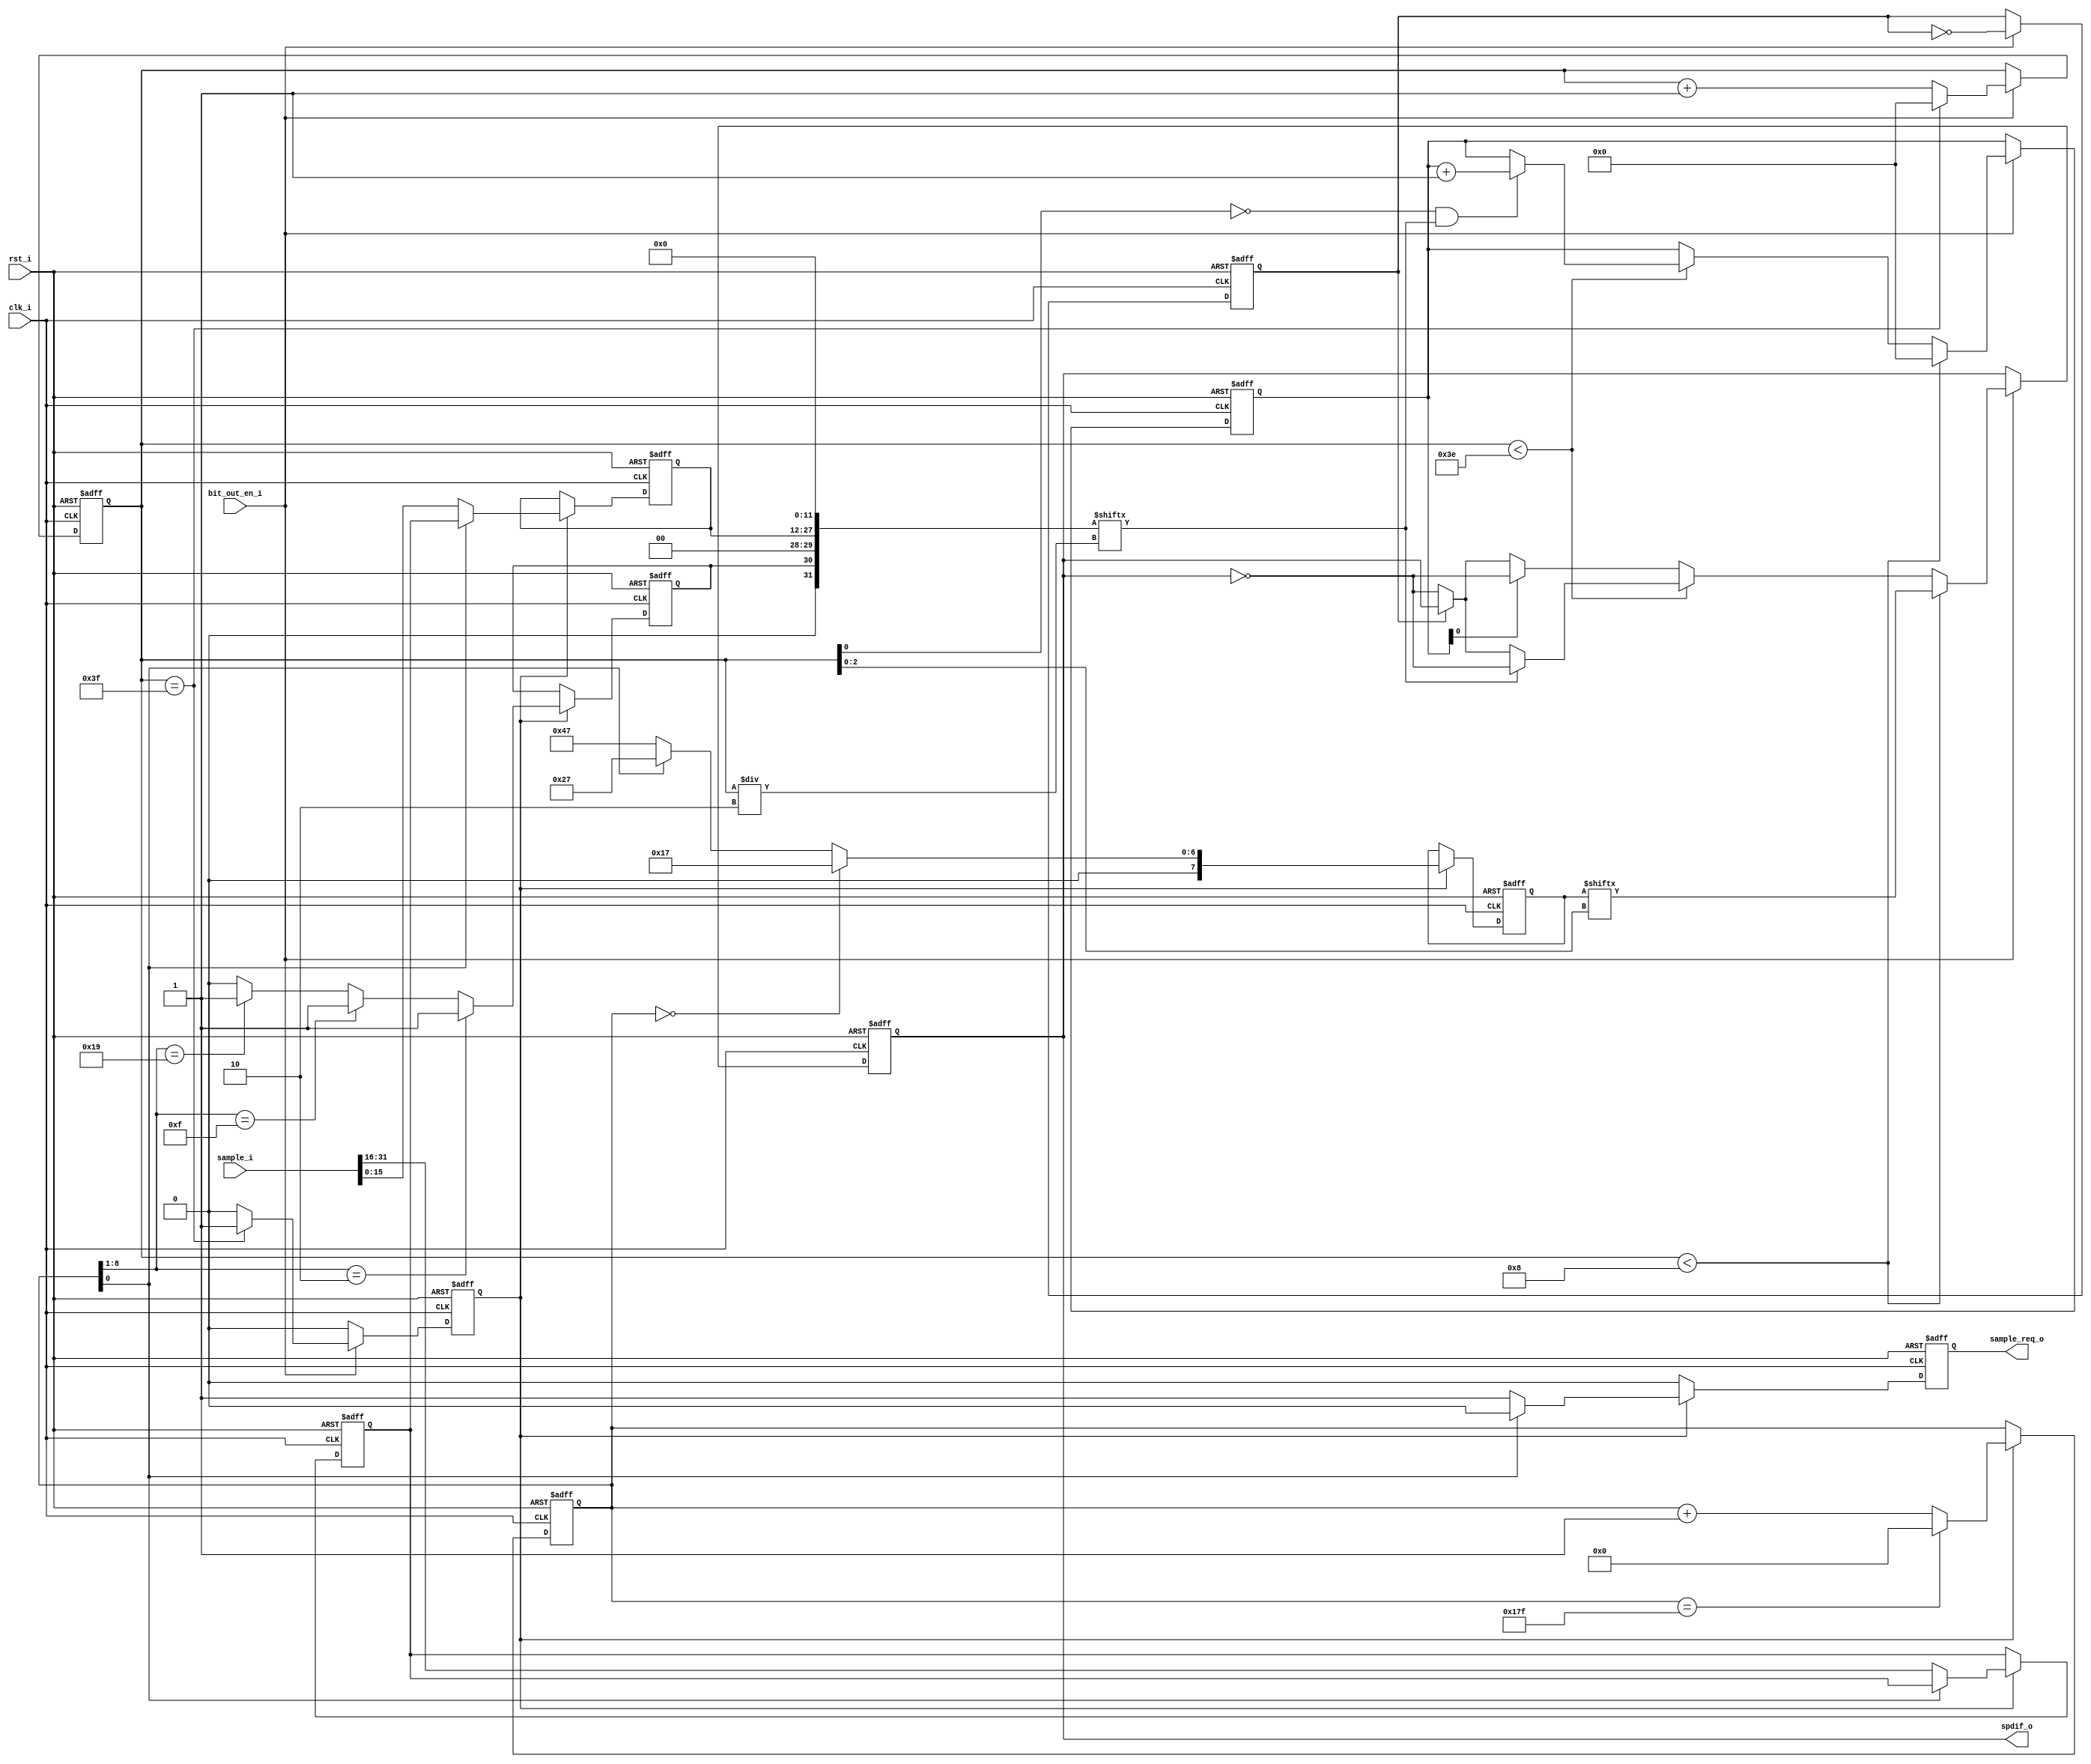
//-----------------------------------------------------------------
//                        SPDIF Transmitter
//                              V0.1
//                        Ultra-Embedded.com
//                          Copyright 2012
//
//
//                         License: GPL
// If you would like a version with a more permissive license for
// use in closed source commercial applications please contact me
// for details.
//-----------------------------------------------------------------
//
// This file is open source HDL; you can redistribute it and/or 
// modify it under the terms of the GNU General Public License as 
// published by the Free Software Foundation; either version 2 of 
// the License, or (at your option) any later version.
//
// This file is distributed in the hope that it will be useful,
// but WITHOUT ANY WARRANTY; without even the implied warranty of
// MERCHANTABILITY or FITNESS FOR A PARTICULAR PURPOSE.  See the
// GNU General Public License for more details.
//
// You should have received a copy of the GNU General Public 
// License along with this file; if not, write to the Free Software
// Foundation, Inc., 59 Temple Place, Suite 330, Boston, MA 02111-1307
// USA
//-----------------------------------------------------------------
// altera message_off 10762
// altera message_off 10240

module spdif
(
    input           clk_i,
    input           rst_i,

    // SPDIF bit output enable
    // Single cycle pulse synchronous to clk_i which drives
    // the output bit rate.
    // For 44.1KHz, 441003222 = 5,644,800Hz
    // For 48KHz,   480003222 = 6,144,000Hz
    input           bit_out_en_i,

    // Output
    output          spdif_o,

    // Audio interface (16-bit x 2 = RL)
    input [31:0]    sample_i,
    output reg      sample_req_o
);

//-----------------------------------------------------------------
// Registers
//-----------------------------------------------------------------
reg [15:0]  audio_sample_q;
reg [8:0]   subframe_count_q;

reg         load_subframe_q;
reg [7:0]   preamble_q;
wire [31:0] subframe_w;

reg [5:0]   bit_count_q;
reg         bit_toggle_q;

reg         spdif_out_q;

reg [5:0]   parity_count_q;

reg         channel_status_bit_q;

//-----------------------------------------------------------------
// Subframe Counter
//-----------------------------------------------------------------
always @ (posedge rst_i or posedge clk_i )
begin
    if (rst_i == 1'b1)
        subframe_count_q    <= 9'd0;
    else if (load_subframe_q)
    begin
        // 192 frames (384 subframes) in an audio block
        if (subframe_count_q == 9'd383)
            subframe_count_q <= 9'd0;
        else
            subframe_count_q <= subframe_count_q + 9'd1;
    end
end

//-----------------------------------------------------------------
// Sample capture
//-----------------------------------------------------------------
reg [15:0] sample_buf_q;

always @ (posedge rst_i or posedge clk_i )
begin
   if (rst_i == 1'b1)
   begin
        audio_sample_q      <= 16'h0000;
        sample_buf_q        <= 16'h0000;
        sample_req_o        <= 1'b0;
   end
   else if (load_subframe_q)
   begin
        // Start of frame (first subframe)?
        if (subframe_count_q[0] == 1'b0)
        begin
            // Use left sample
            audio_sample_q <= sample_i[15:0];

            // Store right sample
            sample_buf_q <= sample_i[31:16];

            // Request next sample
            sample_req_o <= 1'b1;
        end
        else
        begin
            // Use right sample
            audio_sample_q <= sample_buf_q;

            sample_req_o <= 1'b0;
        end
   end
   else
        sample_req_o <= 1'b0;
end

// Timeslots 3 - 0 = Preamble
assign subframe_w[3:0] = 4'b0000;

// Timeslots 7 - 4 = 24-bit audio LSB
assign subframe_w[7:4] = 4'b0000;

// Timeslots 11 - 8 = 20-bit audio LSB
assign subframe_w[11:8] = 4'b0000;

// Timeslots 27 - 12 = 16-bit audio
assign subframe_w[27:12] = audio_sample_q;

// Timeslots 28 = Validity
assign subframe_w[28] = 1'b0; // Valid

// Timeslots 29 = User bit
assign subframe_w[29] = 1'b0;

// Timeslots 30 = Channel status bit
assign subframe_w[30] = channel_status_bit_q ; //was constant 1'b0 enabling copy-bit;

// Timeslots 31 = Even Parity bit (31:4)
assign subframe_w[31] = 1'b0;

//-----------------------------------------------------------------
// Preamble and Channel status bit
//-----------------------------------------------------------------
localparam PREAMBLE_Z = 8'b00010111; // "B" channel A data at start of block
localparam PREAMBLE_Y = 8'b00100111; // "W" channel B data
localparam PREAMBLE_X = 8'b01000111; // "M" channel A data not at start of block

reg [7:0] preamble_r;
reg       channel_status_bit_r;

always @ *
begin
    // Start of audio block?
    // Z(B) - Left channel
    if (subframe_count_q == 9'd0)
        preamble_r = PREAMBLE_Z; // Z(B)
    // Right Channel?
    else if (subframe_count_q[0] == 1'b1)
        preamble_r = PREAMBLE_Y; // Y(W)
    // Left Channel (but not start of block)?
    else
        preamble_r = PREAMBLE_X; // X(M)

    if (subframe_count_q[8:1] == 8'd2) // frame 2 => subframes 4 and 5 => 0 = copy inhibited, 1 = copy permitted
        channel_status_bit_r = 1'b1;
    else if (subframe_count_q[8:1] == 8'd15) // frame 15 => 0 = no indication, 1 = original media
        channel_status_bit_r = 1'b1;
    else if (subframe_count_q[8:1] == 8'd25) // frame 24 to 27 => sample frequency, 0100 = 48kHz, 0000 = 44kHz (l2r)
        channel_status_bit_r = 1'b1;
    else
        channel_status_bit_r = 1'b0; // everything else defaults to 0        
end

always @ (posedge rst_i or posedge clk_i )
begin
    if (rst_i == 1'b1)
    begin
        preamble_q  <= 8'h00;
        channel_status_bit_q <= 1'b0;
    end
    else if (load_subframe_q)
    begin
        preamble_q  <= preamble_r;
        channel_status_bit_q <= channel_status_bit_r;
    end
end

//-----------------------------------------------------------------
// Parity Counter
//-----------------------------------------------------------------
always @ (posedge rst_i or posedge clk_i )
begin
   if (rst_i == 1'b1)
   begin
        parity_count_q  <= 6'd0;
   end
   // Time to output a bit?
   else if (bit_out_en_i)
   begin
        // Preamble bits?
        if (bit_count_q < 6'd8)
        begin
            parity_count_q  <= 6'd0;
        end
        // Normal timeslots
        else if (bit_count_q < 6'd62)
        begin
            // On first pass through this timeslot, count number of high bits
            if (bit_count_q[0] == 0 && subframe_w[bit_count_q / 2] == 1'b1)
                parity_count_q <= parity_count_q + 6'd1;
        end
   end
end

//-----------------------------------------------------------------
// Bit Counter
//-----------------------------------------------------------------
always @ (posedge rst_i or posedge clk_i)
begin
    if (rst_i == 1'b1)
    begin
        bit_count_q     <= 6'b0;
        load_subframe_q <= 1'b1;
    end
    // Time to output a bit?
    else if (bit_out_en_i)
    begin
        // 32 timeslots (x2 for double frequency)
        if (bit_count_q == 6'd63)
        begin
            bit_count_q     <= 6'd0;
            load_subframe_q <= 1'b1;
        end
        else
        begin
            bit_count_q     <= bit_count_q + 6'd1;
            load_subframe_q <= 1'b0;
        end
    end
    else
        load_subframe_q <= 1'b0;
end

//-----------------------------------------------------------------
// Bit half toggle
//-----------------------------------------------------------------
always @ (posedge rst_i or posedge clk_i)
if (rst_i == 1'b1)
    bit_toggle_q    <= 1'b0;
// Time to output a bit?
else if (bit_out_en_i)
    bit_toggle_q <= ~bit_toggle_q;

//-----------------------------------------------------------------
// Output bit (BMC encoded)
//-----------------------------------------------------------------
reg bit_r;

always @ *
begin
    bit_r = spdif_out_q;

    // Time to output a bit?
    if (bit_out_en_i)
    begin
        // Preamble bits?
        if (bit_count_q < 6'd8)
        begin
            bit_r = preamble_q[bit_count_q[2:0]];
        end
        // Normal timeslots
        else if (bit_count_q < 6'd62)
        begin
            if (subframe_w[bit_count_q / 2] == 1'b0)
            begin
                if (bit_toggle_q == 1'b0)
                    bit_r = ~spdif_out_q;
                else
                    bit_r = spdif_out_q;
            end
            else
                bit_r = ~spdif_out_q;
        end
        // Parity timeslot
        else
        begin
            // Even number of high bits, make odd
            if (parity_count_q[0] == 1'b0)
            begin
                if (bit_toggle_q == 1'b0)
                    bit_r = ~spdif_out_q;
                else
                    bit_r = spdif_out_q;
            end
            else
                bit_r = ~spdif_out_q;
        end
    end
end

always @ (posedge rst_i or posedge clk_i )
if (rst_i == 1'b1)
    spdif_out_q <= 1'b0;
else
    spdif_out_q <= bit_r;

assign spdif_o  = spdif_out_q;

endmodule